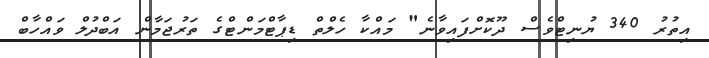
އިތުރު 340 ޔުނިޓްވެސް ދޫކޮށްފައިވާނެ" މައްކާ ހެލްތް ޑިޕާޓްމަންޓްގެ ތަރުޖަމާން އަބްދުލް ވައްހާބް